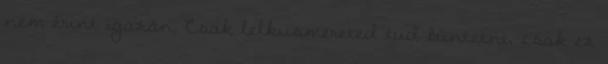
nem érint igazán. Csak lelkiismereted tud büntetni, csak ez